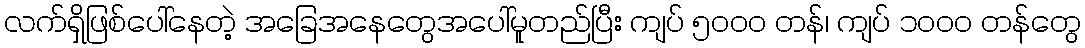
လက်ရှိဖြစ်ပေါ်နေတဲ့ အခြေအနေတွေအပေါ်မူတည်ပြီး ကျပ် ၅၀၀၀ တန်၊ ကျပ် ၁၀၀၀ တန်တွေ